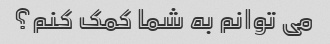
می توانم به شما کمک کنم؟